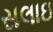
સલાઇ